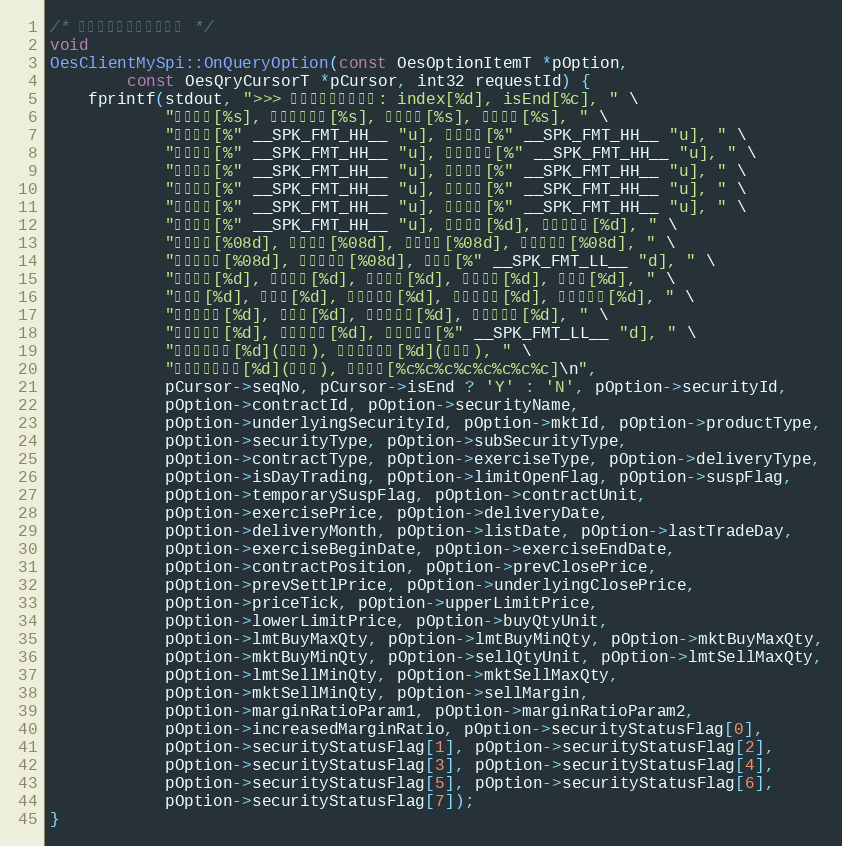
Language: C++
/* 查询到期权产品信息回调 */
void
OesClientMySpi::OnQueryOption(const OesOptionItemT *pOption,
        const OesQryCursorT *pCursor, int32 requestId) {
    fprintf(stdout, ">>> 查询到期权产品信息: index[%d], isEnd[%c], " \
            "证券代码[%s], 合约交易代码[%s], 合约名称[%s], 标的证券[%s], " \
            "市场代码[%" __SPK_FMT_HH__ "u], 产品类型[%" __SPK_FMT_HH__ "u], " \
            "证券类型[%" __SPK_FMT_HH__ "u], 证券子类型[%" __SPK_FMT_HH__ "u], " \
            "合约类型[%" __SPK_FMT_HH__ "u], 行权方式[%" __SPK_FMT_HH__ "u], " \
            "交割方式[%" __SPK_FMT_HH__ "u], 当日回转[%" __SPK_FMT_HH__ "u], " \
            "限制开仓[%" __SPK_FMT_HH__ "u], 连续停牌[%" __SPK_FMT_HH__ "u], " \
            "临时停牌[%" __SPK_FMT_HH__ "u], 合约单位[%d], 期权行权价[%d], " \
            "交割日期[%08d], 交割月份[%08d], 上市日期[%08d], 最后交易日[%08d], " \
            "行权起始日[%08d], 行权结束日[%08d], 持仓量[%" __SPK_FMT_LL__ "d], " \
            "前收盘价[%d], 前结算价[%d], 标的前收[%d], 报价单位[%d], 涨停价[%d], " \
            "跌停价[%d], 买单位[%d], 限价买上限[%d], 限价买下限[%d], 市价买上限[%d], " \
            "市价买下限[%d], 卖单位[%d], 限价卖上限[%d], 限价卖下限[%d], " \
            "市价卖上限[%d], 市价卖下限[%d], 卖开保证金[%" __SPK_FMT_LL__ "d], " \
            "保证金参数一[%d](万分比), 保证金参数二[%d](万分比), " \
            "保证金上浮比例[%d](万分比), 合约状态[%c%c%c%c%c%c%c%c]\n",
            pCursor->seqNo, pCursor->isEnd ? 'Y' : 'N', pOption->securityId,
            pOption->contractId, pOption->securityName,
            pOption->underlyingSecurityId, pOption->mktId, pOption->productType,
            pOption->securityType, pOption->subSecurityType,
            pOption->contractType, pOption->exerciseType, pOption->deliveryType,
            pOption->isDayTrading, pOption->limitOpenFlag, pOption->suspFlag,
            pOption->temporarySuspFlag, pOption->contractUnit,
            pOption->exercisePrice, pOption->deliveryDate,
            pOption->deliveryMonth, pOption->listDate, pOption->lastTradeDay,
            pOption->exerciseBeginDate, pOption->exerciseEndDate,
            pOption->contractPosition, pOption->prevClosePrice,
            pOption->prevSettlPrice, pOption->underlyingClosePrice,
            pOption->priceTick, pOption->upperLimitPrice,
            pOption->lowerLimitPrice, pOption->buyQtyUnit,
            pOption->lmtBuyMaxQty, pOption->lmtBuyMinQty, pOption->mktBuyMaxQty,
            pOption->mktBuyMinQty, pOption->sellQtyUnit, pOption->lmtSellMaxQty,
            pOption->lmtSellMinQty, pOption->mktSellMaxQty,
            pOption->mktSellMinQty, pOption->sellMargin,
            pOption->marginRatioParam1, pOption->marginRatioParam2,
            pOption->increasedMarginRatio, pOption->securityStatusFlag[0],
            pOption->securityStatusFlag[1], pOption->securityStatusFlag[2],
            pOption->securityStatusFlag[3], pOption->securityStatusFlag[4],
            pOption->securityStatusFlag[5], pOption->securityStatusFlag[6],
            pOption->securityStatusFlag[7]);
}